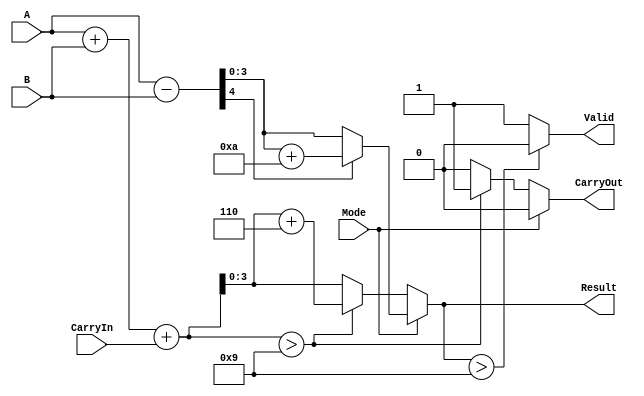
module BCD_Add_Subtracter (
    input  wire [3:0] A,        // BCD input operand A
    input  wire [3:0] B,        // BCD input operand B
    input  wire Mode,           // Control signal: 0 for addition, 1 for subtraction
    input  wire CarryIn,        // Carry input for addition
    output reg  [3:0] Result,   // BCD result of the operation
    output reg  CarryOut,       // Carry output flag
    output reg  Valid           // Valid flag indicating if result is a valid BCD number
);

    wire [4:0] Sum;             // 5-bit sum for addition
    wire [4:0] Sub;             // 5-bit result for subtraction
    reg [3:0] AdjustedResult;   // Adjusted result for BCD correction

    // Addition Logic
    assign Sum = A + B + CarryIn;

    // Subtraction Logic
    assign Sub = A - B;

    always @(*) begin
        // Default values
        Result = 4'b0000;
        CarryOut = 1'b0;
        Valid = 1'b1;

        if (Mode == 1'b0) begin // Addition
            if (Sum > 4'b1001) begin
                AdjustedResult = Sum + 4'b0110; // Add 6 to correct BCD
                CarryOut = 1'b1; // Set carry out
            end else begin
                AdjustedResult = Sum;
            end
            Result = AdjustedResult;

        end else begin // Subtraction
            if (Sub[4] == 1'b1) begin // Check if the result is negative
                AdjustedResult = Sub + 4'b1010; // Add 10 to correct BCD
            end else begin
                AdjustedResult = Sub[3:0]; // Take the lower 4 bits
            end
            Result = AdjustedResult;
        end

        // Check for valid BCD result
        if (Result > 4'b1001) begin
            Valid = 1'b0; // Not a valid BCD
        end
    end

endmodule